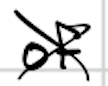
Text: of
Cross-out: cross
Writing tool: digital_black